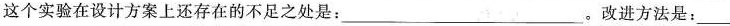
这个实验在设计方案上还存在的不足之处是：___。改进方法是：___